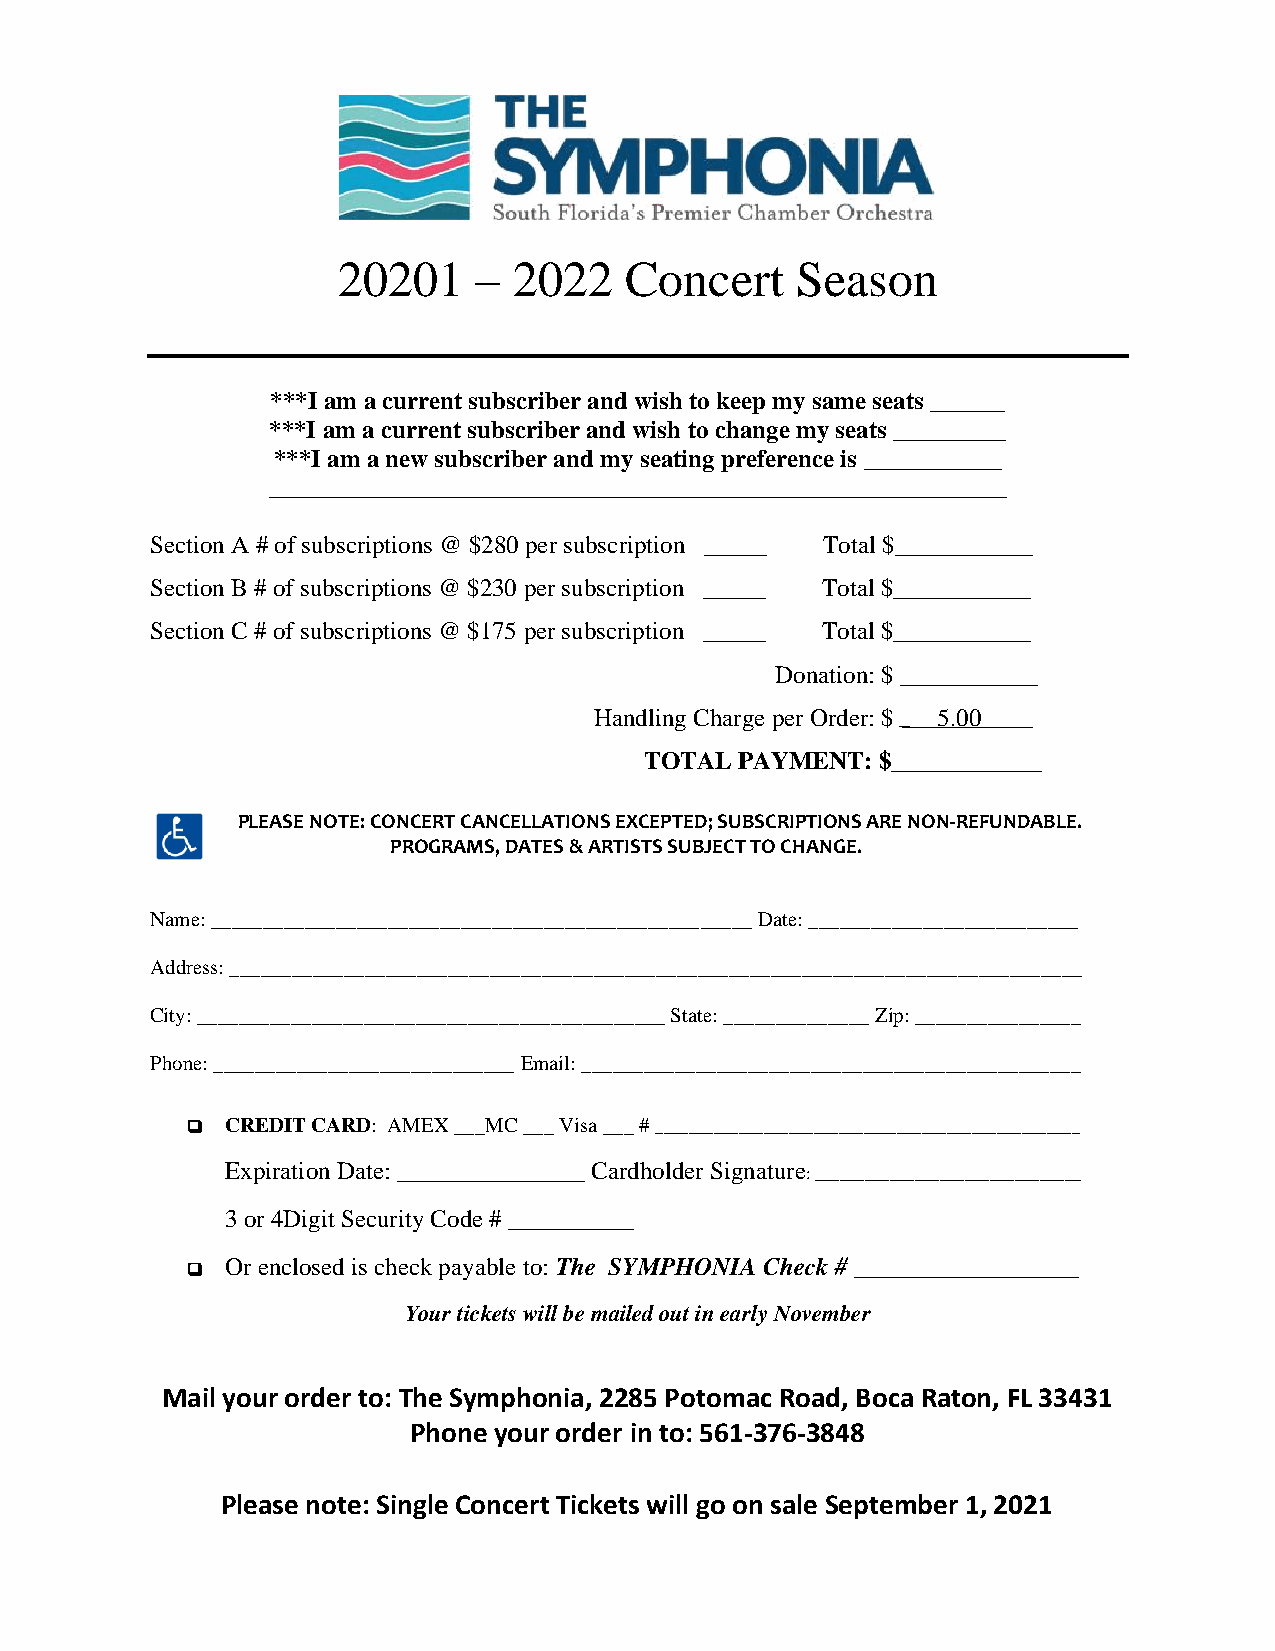
20201    –  2022   Concert     Season
 ***I am a current subscriber and wish to keep my same seats ______
 ***I am a current subscriber and wish to change my seats _________
 ***I am a new subscriber and my seating preference is ___________
 ___________________________________________________________
 Section A # of subscriptions @ $280 per subscription _____ Total $___________
 Section B # of subscriptions @ $230 per subscription _____ Total $___________
 Section C # of subscriptions @ $175 per subscription _____ Total $___________
 Donation: $ ___________
 Handling Charge per Order: $ 5.00
 TOTAL PAYMENT: $____________
 PLEASE NOTE: CONCERT CANCELLATIONS EXCEPTED; SUBSCRIPTIONS ARE NON-REFUNDABLE.
 PROGRAMS, DATES & ARTISTS SUBJECT TO CHANGE.
 Name: ____________________________________________________ Date: __________________________
 Address: __________________________________________________________________________________
 City: _____________________________________________ State: ______________ Zip: ________________
 Phone: _____________________________ Email: ________________________________________________
 ❑  CREDIT CARD: AMEX ___MC ___ Visa ___ # ___________________________________________________
 Expiration Date: _______________ Cardholder Signature
 : ________________________________
 3 or 4Digit Security Code # __________
 Or enclosed is check payable to: The SYMPHONIA Check # __________________
 ❑
 Your tickets will be mailed out in early November
 Mail your order to: The Symphonia, 2285 Potomac Road, Boca Raton, FL 33431
 Phone your order in to: 561-376-3848
 Please note: Single Concert Tickets will go on sale September 1, 2021